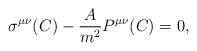
LaTeX: \begin{align*}\sigma^{\mu\nu}(C)-{ A\over m^2}P^{\mu\nu}(C)=0,\end{align*}